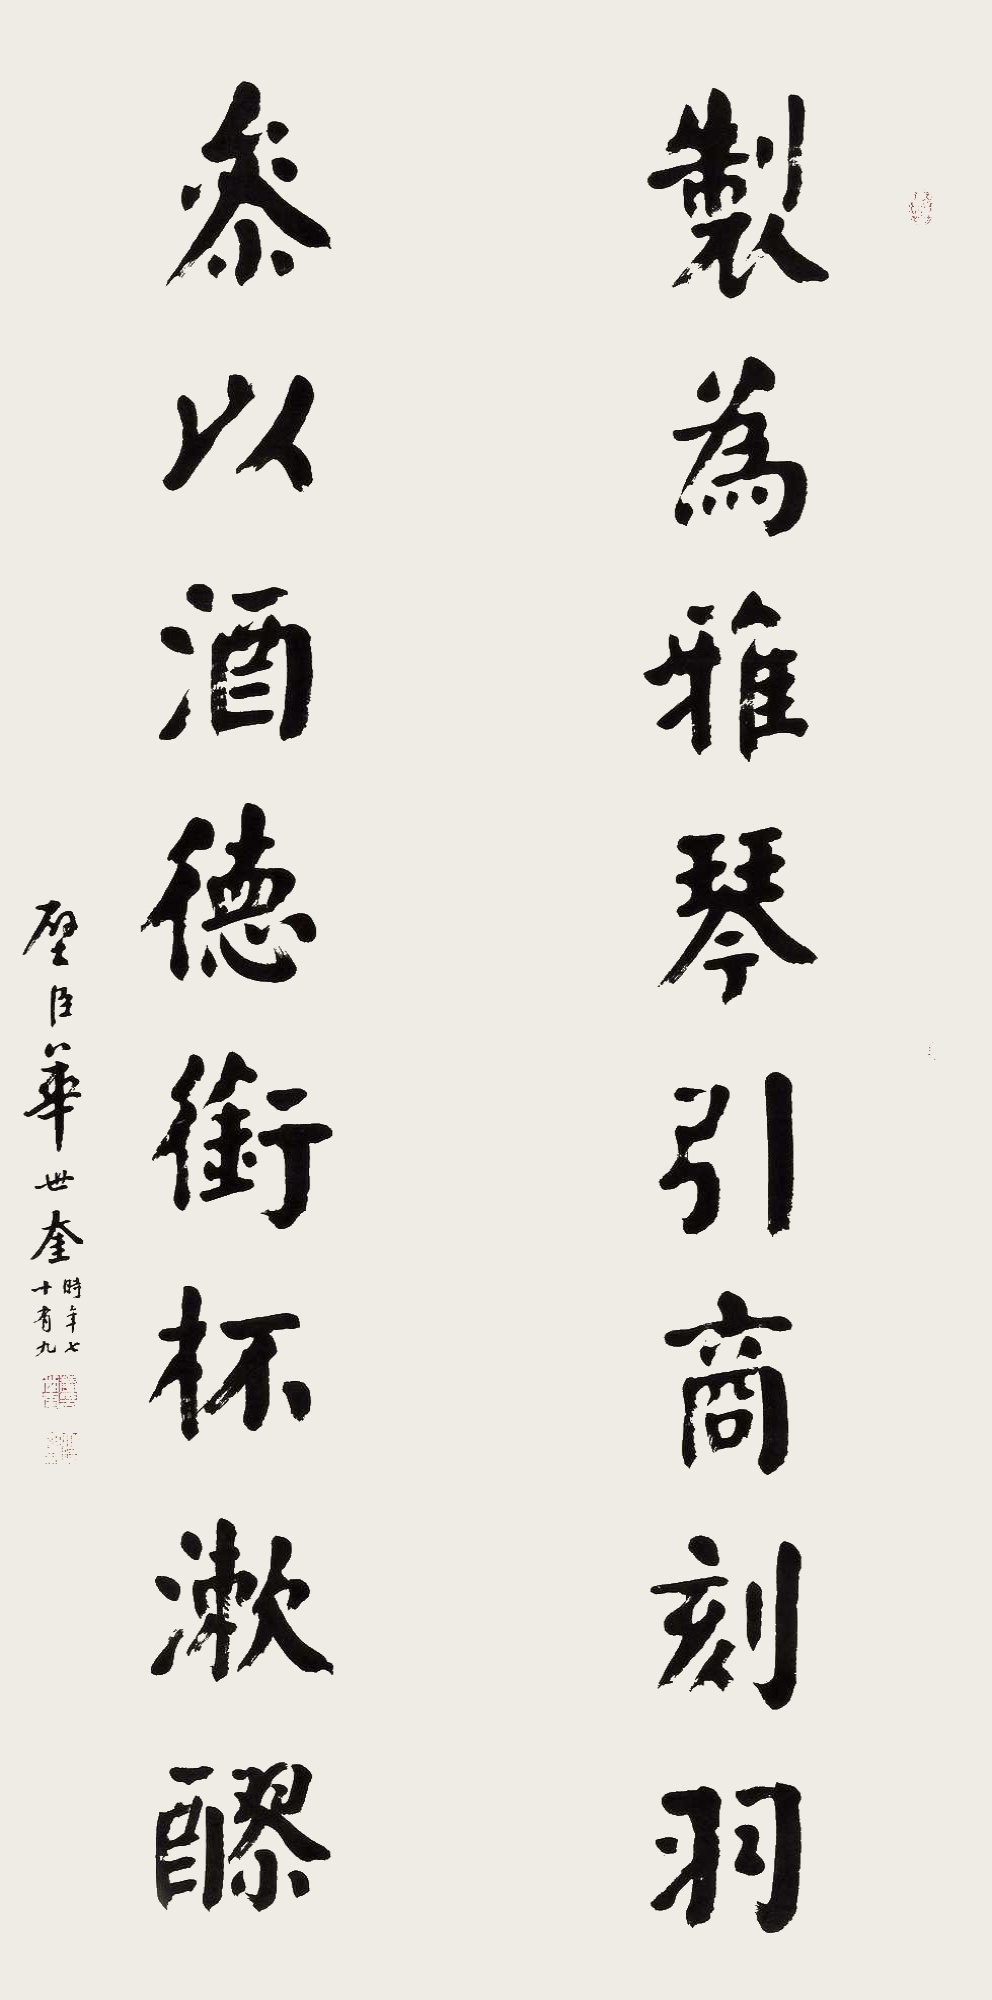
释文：制为雅琴引商刻羽，参以酒德衔杯漱醪。壁臣华世奎时年七十有九。